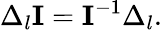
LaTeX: \Delta_{l}\textit{\textbf{I}}=\textit{\textbf{I}}^{-1}\Delta_{l}.